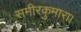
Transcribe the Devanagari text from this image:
समीरकुमारा।